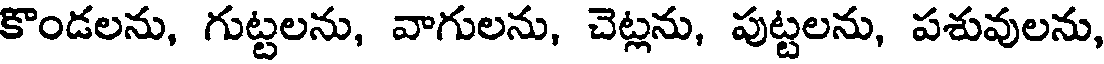
కొండలను, గుట్టలను, వాగులను, చెట్లను, పుట్టలను, పశువులను,